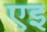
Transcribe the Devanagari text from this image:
एइ